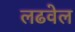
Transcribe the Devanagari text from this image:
लढवेल